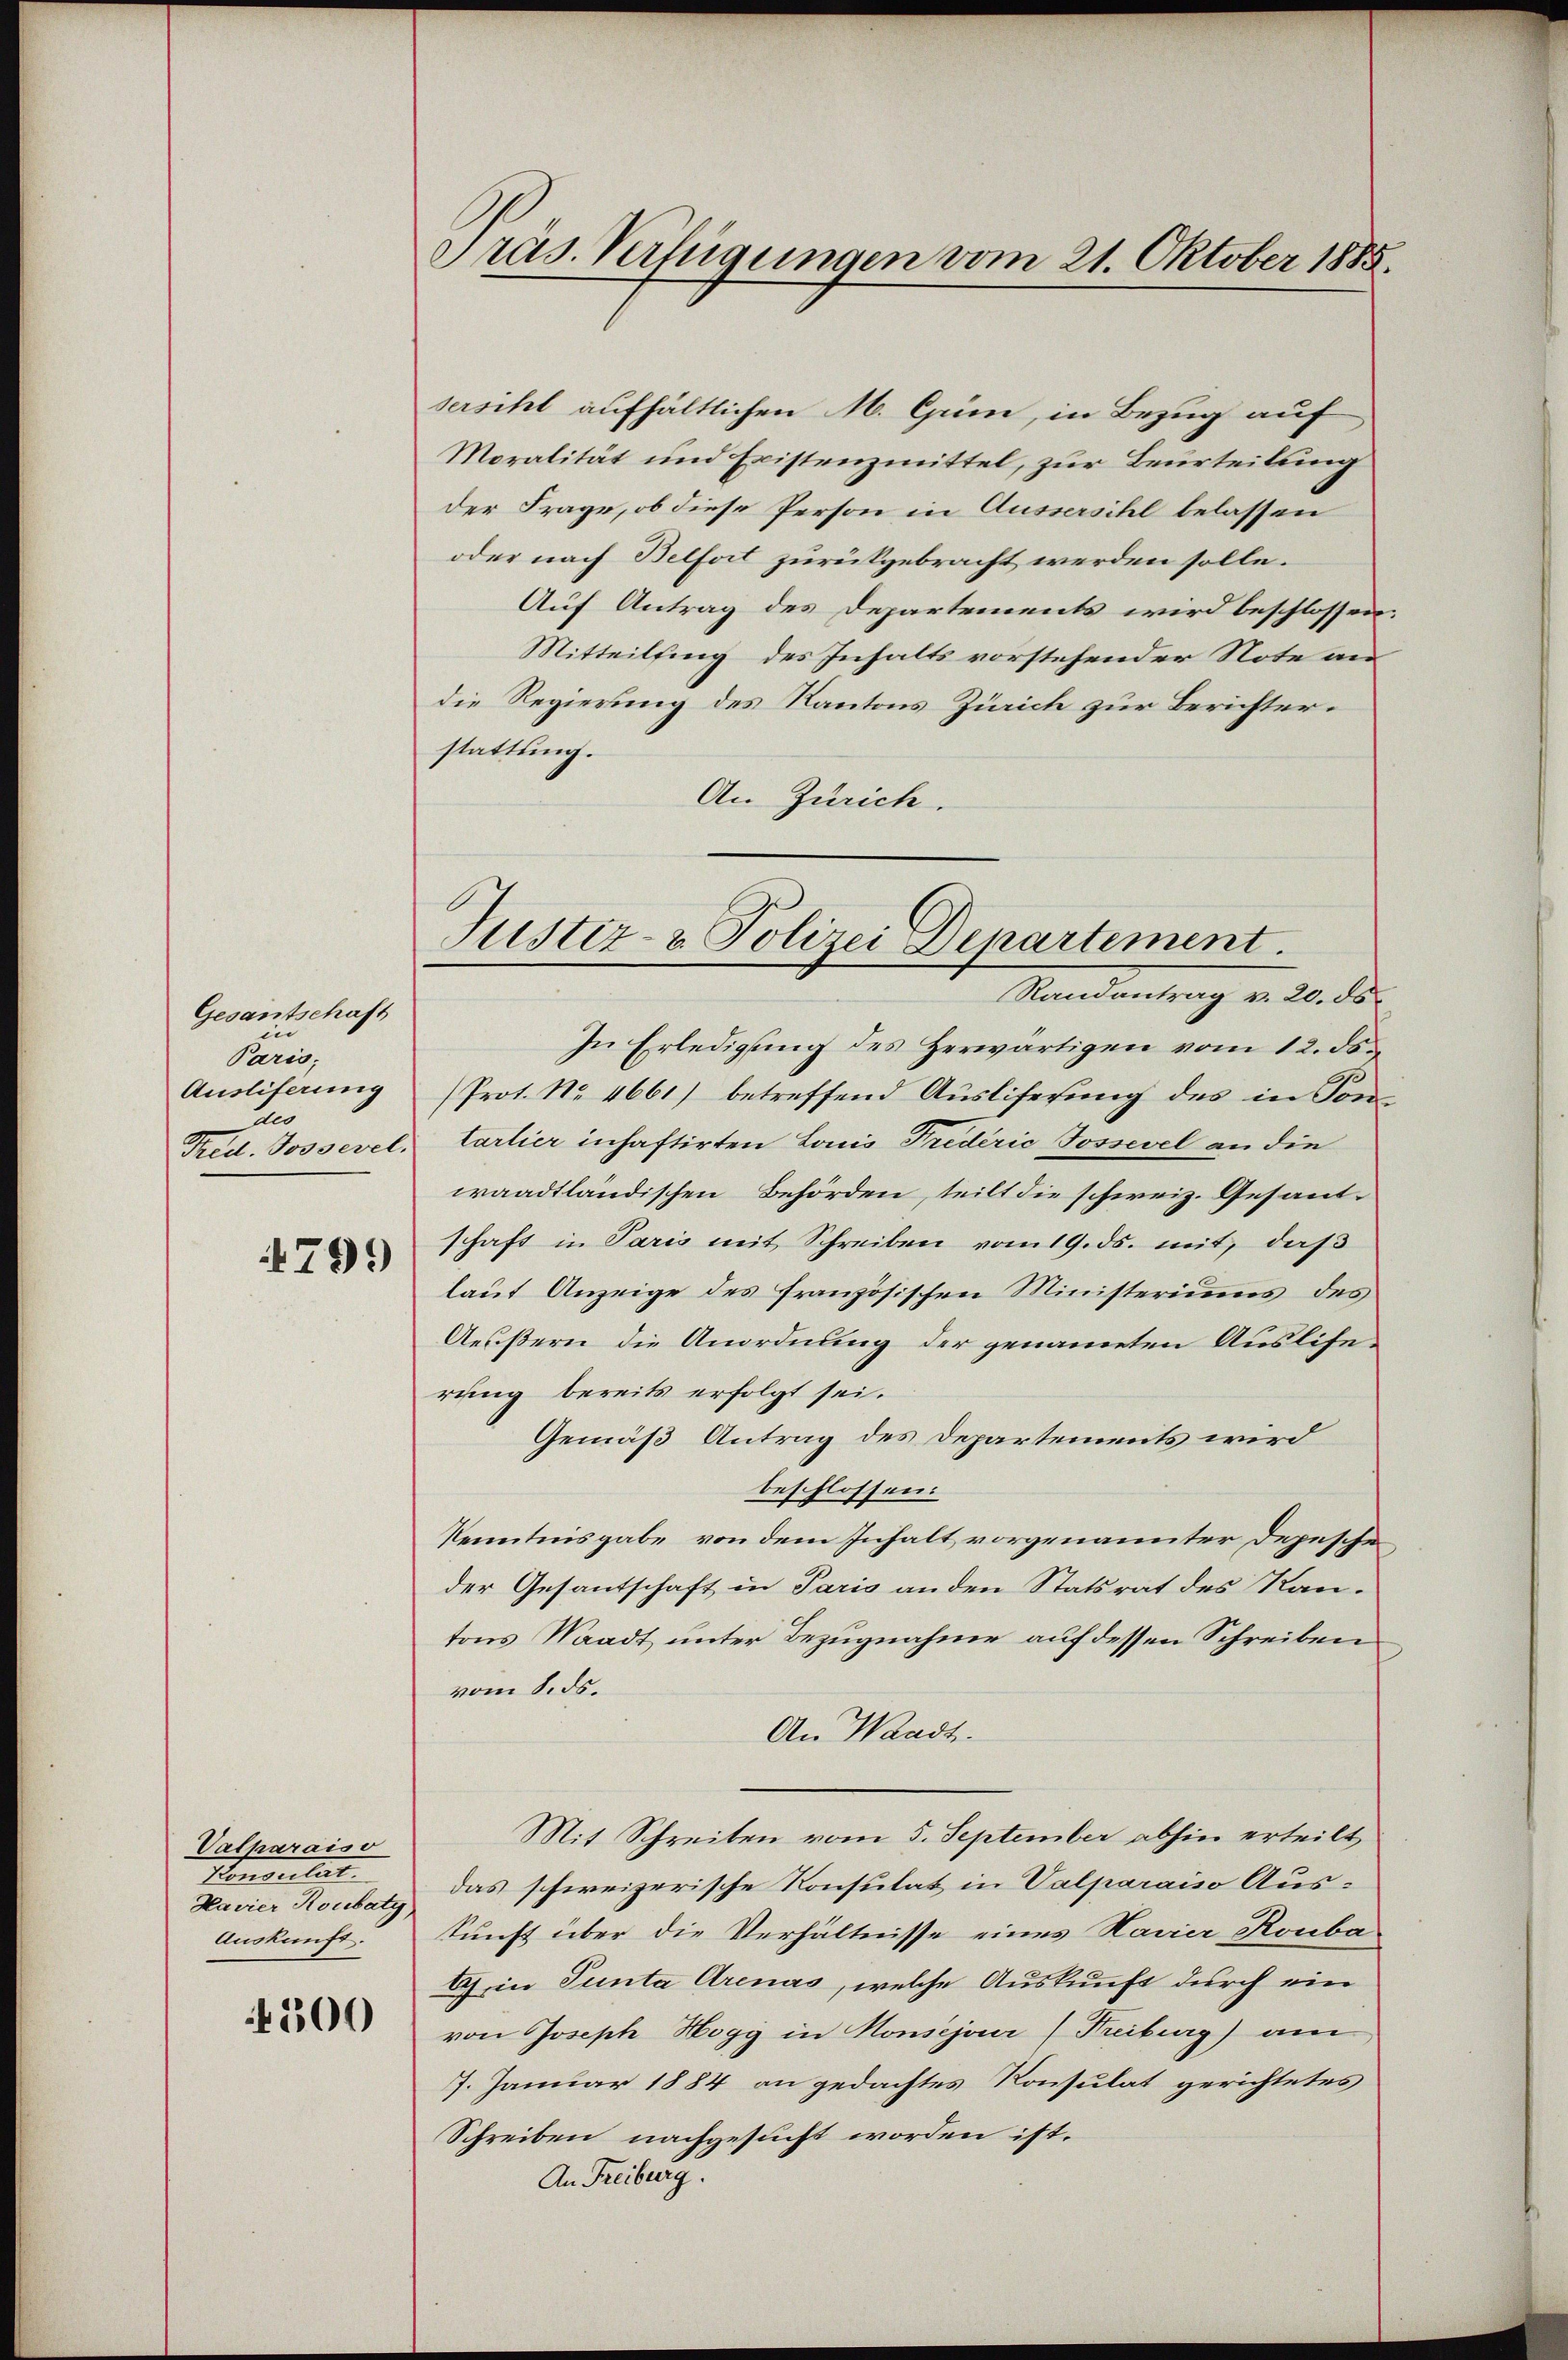
Gesantschaft
in
Paris;
Ausliferung
te
Fred. Possevel.

4799

Valparaiso
Konsulat
Havier Roubaty,
Auskunft.

4300

Präs. Verfügungen vom 21. Oktober 1885.

Justiz- & Polizei Departement.

sersihl aufhältlichen M. Gum, in Bezug auf
Moralität und Existenzmittel, zur Beurteilung
der Frage, ob diese Person in Aussersihl belassen
oder nach Belfort zurükgebracht werden solle.
Auf Antrag des Departements wird beschlossen
Mitteilfing des Inhalts vorstehender Note an
die Regierung des Kantons Zürich zur Berichterstattung.
An Zürich.
Randantrag v. 20. ds.
In Erledigŭng des Herwärtigen vom 12. ds.
Prot. No. 4661) betreffend Ausliserung des in Sontartier inhaftirten Louis Triderić Jossevel an die
waadtländischen Behörden, teilt die schweiz. Gesandschaft in Paris mit Schreiben vom 19. ds. mit, daß
laut Anzeige des französischen Ministeriums des
Aeußern die Anordnung der genannten Ausliherung bereits erfolgt sei.
Gemäß Antrag des Departements wird
beschlossen:
Kenntnisgabe von dem Inhalt vorgenannter Depesche
der Gesantschaft in Paris anden Statsrat des Kan-
tons Waadt unter Bezugnahme auf dessen Schreiben
vom 8. ds.
An Waadt.
Mit Schreiben vom 5. September abhin erteilt,
das schweizerische Konsulat in Valparaiso Auskunft über die Verhältnisse eines Navier Rouba¬
Ich in Tunta Arenas, welche Auskunft durch ein
von Joseph Hogg in Konsejouir (Freiburg) am
7. Januar 1884 an gedachtes Konsulat gerichtetes
Schreiben nachgesucht worden ist.
An Freiburg.